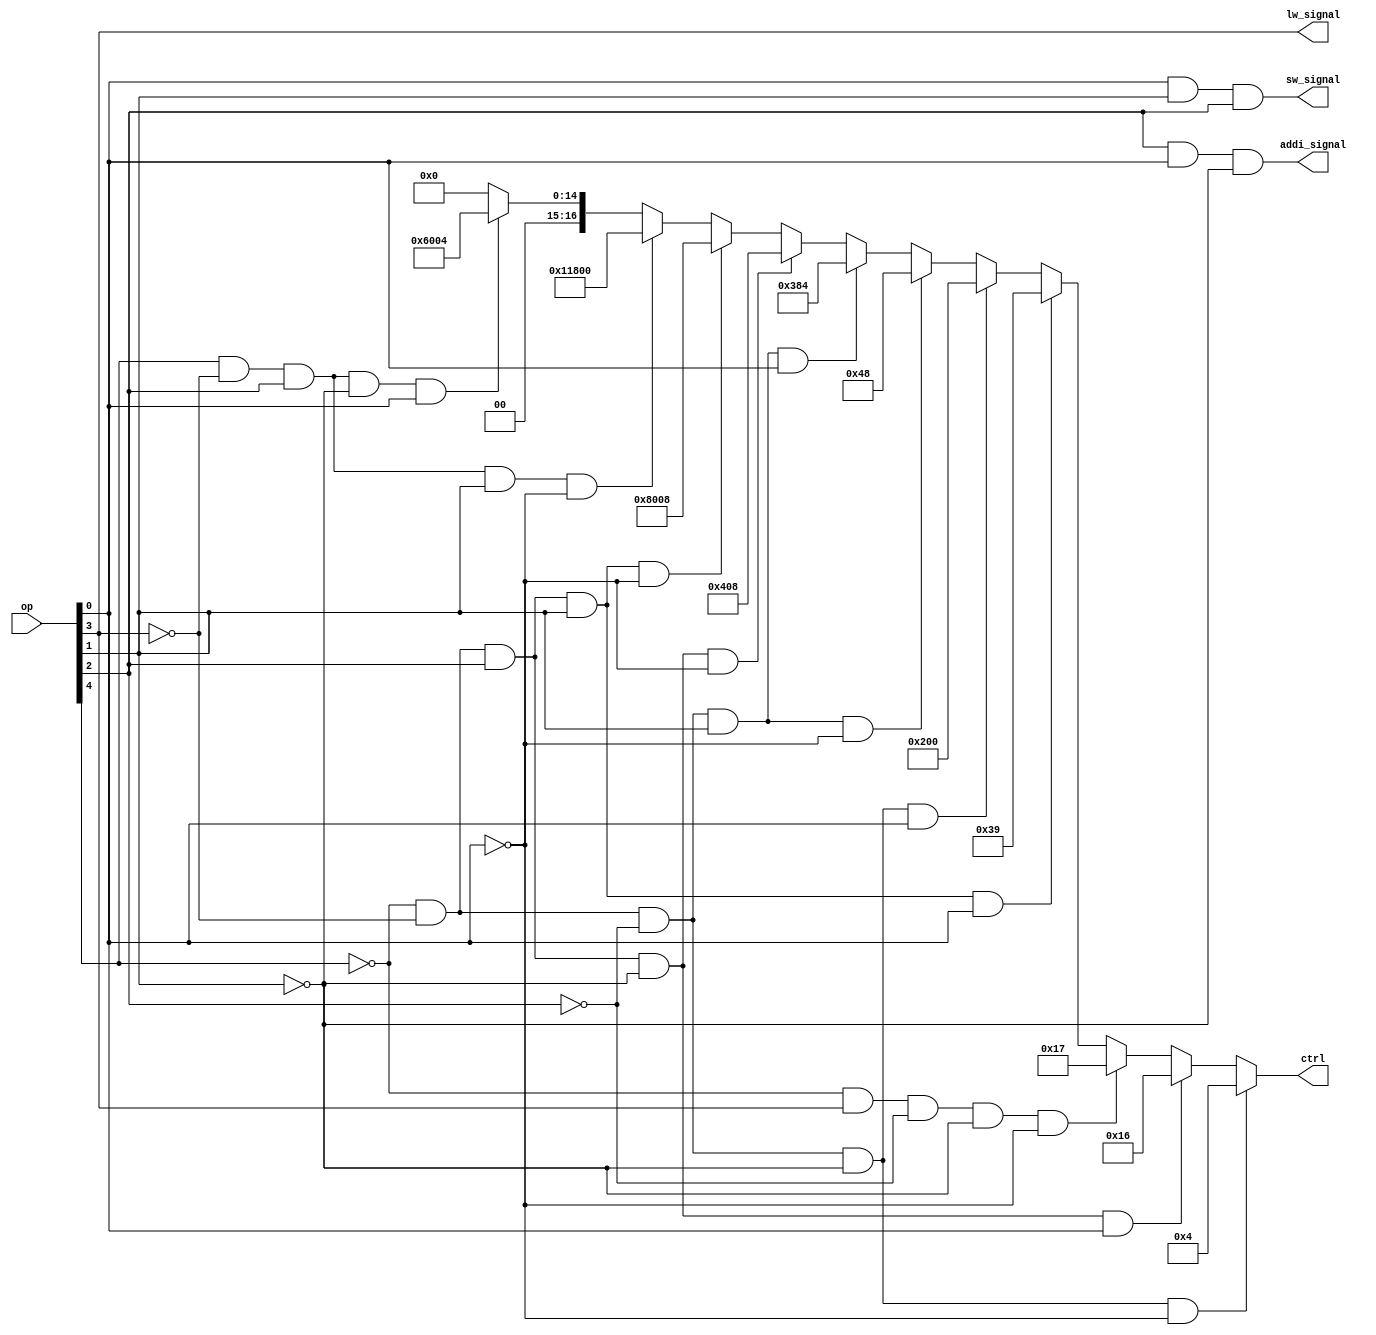
module ctrl_logic (op, ctrl, addi_signal, sw_signal, lw_signal); //change andisignal 
    input [4:0] op;
	 output [16:0] ctrl;
	 output addi_signal, sw_signal, lw_signal;
	
	

	wire a1, a2, a3, a4,a5;
	wire and1, and2;
	

	assign a1 = ~op[4] & ~ op[3] & ~op[2] & ~op[1] & ~op[0];//add
	assign a2 = ~op[4] & ~ op[3] &  op[2] & ~op[1] &  op[0];//addi
	assign a3 = ~op[4] &   op[3] & ~op[2] & ~op[1] & ~op[0];//lw
	assign a4 = ~op[4] & ~ op[3] &  op[2] &  op[1] &  op[0];//sw
	assign a5 = ~op[4] & ~ op[3] & ~op[2] & ~op[1] &  op[0];//j
	assign a6 = ~op[4] & ~ op[3] & ~op[2] &  op[1] & ~op[0];//bne
	assign a7 = ~op[4] & ~ op[3] & ~op[2] &  op[1] &  op[0];//jal
	assign a8 = ~op[4] & ~ op[3] &  op[2] & ~op[1] & ~op[0];//jr
	assign a9 = ~op[4] & ~ op[3] &  op[2] &  op[1] & ~op[0];//blt
	assign a10 =  op[4] &  ~op[3] &  op[2] &  op[1] & ~op[0];//bex
	assign a11 =  op[4] &  ~op[3] &  op[2] & ~op[1] &  op[0];//setx
	

	
	
	//br_blt, setx, r30, all0, rsmux, pc2_signal, pc1_signal, jal_signal, r31, br, dmwe, aluinb, dmwe[o], rwe, rdst, rwd
	assign ctrl = a1 ? 17'b00000000000000100: a2 ? 17'b00000000000010110: a3 ? 17'b00000000000010111: a4 ? 17'b00000000000111001 : a5 ? 17'b00000001000000000: a6 ? 17'b00000000001001000 : a7 ? 17'b00000001110000100: a8 ? 17'b00000010000001000 : a9 ? 17'b01000000000001000: a10 ? 17'b10001100000000000 :a11 ?17'b00110000000000100 : 17'b0;
	
	
	and (and1, op[2], op[0]);
	and (addi_signal, and1, ~op[1]);
	
	//for sw
	and (and2, op[0], op[1]);
	and (sw_signal, and2, op[2]);
	
	//for lw
	assign lw_signal = op[3];
   

endmodule